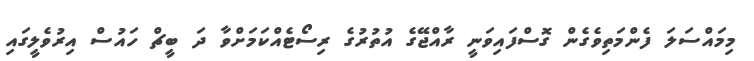
މިމައްސަލަ ފެންމަތިވެގެން ގޮސްފައިވަނީ ރާއްޖޭގެ އުތުރުގެ ރިސޯޓެއްކަމަށްވާ ދަ ބީޗް ހައުސް އިރުވެލީގައި